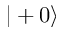
| + 0 \rangle